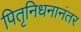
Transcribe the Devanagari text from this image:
पितृनिधनानंतर